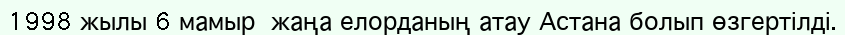
1998 жылы 6 мамыр  жаңа елорданың атау Астана болып өзгертілді.